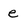
Character: e